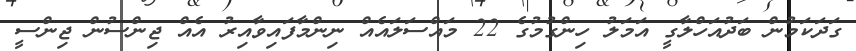
ގަދަކަމުން ބަދުއަހްލާގީ އަމަލު ހިންގުމުގެ 22 މައްސަލައެއް ނިންމާފައިވާއިރު އެއް ޖިންސުން ޖިންސީ